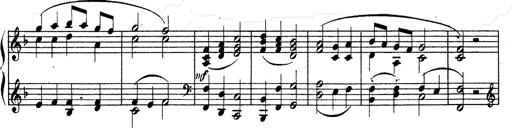
Title: Ave Maria d' Arcadelt
Composer: Franz Liszt